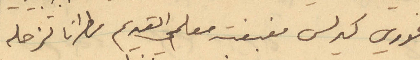
الخوري كيرلس مغبغب معلمي القديم مطرانًا لزحله